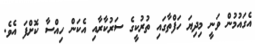
އެގައުމުން ވަނީ މިދިޔަ ހަފްތާގައި ތުރުކީގެ ސަރުކާރާއި އެކަން ހިއްސާ ކޮށްފަ އެވެ.